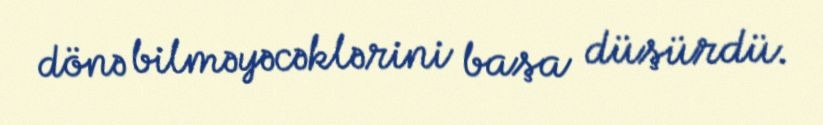
dönə bilməyəcəklərini başa düşürdü.